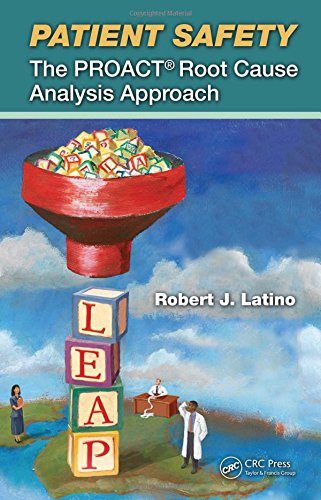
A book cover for Patient Safety: The PROACT Root Cause Analysis Approach; Robert J. Latino; Medical Books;